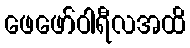
ဖေဖော်ဝါရီလအထိ